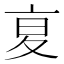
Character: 㚆